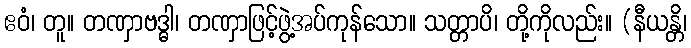
ဧဝံ၊ တူ။ တဏှာဗဒ္ဓါ၊ တဏှာဖြင့်ဖွဲ့အပ်ကုန်သော။ သတ္တာပိ၊ တို့ကိုလည်း။ (နီယန္တိ၊